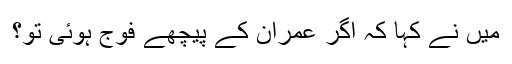
میں نے کہا کہ اگر عمران کے پیچھے فوج ہوئی تو؟